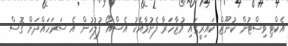
އެކްޓިވިސްޓުން ކުނޫޒް ކައިރީގައި މުޒާހަރާ ފެށުމާއެކު އެސްއޯ ފުލުހުން އެ ސަރަހައްދަށް ގޮސް